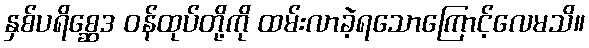
နှစ်ပရိစ္ဆေဒ ဝန်ထုပ်တို့ကို ထမ်းလာခဲ့ရသောကြောင့်လေမသိ။